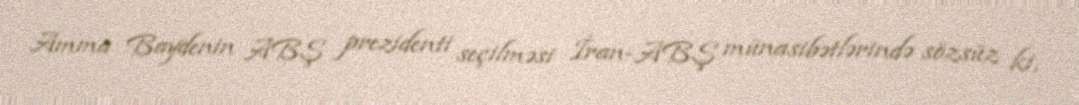
Amma Baydenin ABŞ prezidenti seçilməsi İran-ABŞ münasibətlərində sözsüz ki,